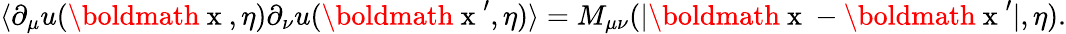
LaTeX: \langle\partial_{\mu}u(\mathrm{\boldmath~x~},\eta)\partial_{\nu}u(\mathrm{\boldmath~x~}^{\prime},\eta)\rangle=M_{\mu\nu}(|\mathrm{\boldmath~x~}-\mathrm{\boldmath~x~}^{\prime}|,\eta).